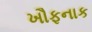
ખૌફનાક